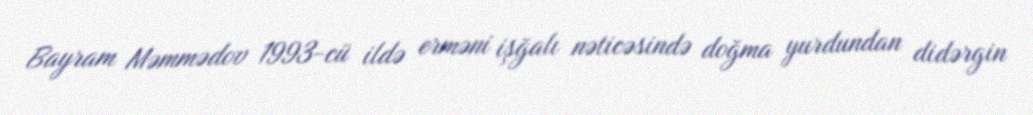
Bayram Məmmədov 1993-cü ildə erməni işğalı nəticəsində doğma yurdundan didərgin